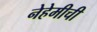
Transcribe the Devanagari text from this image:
नेहेमीची